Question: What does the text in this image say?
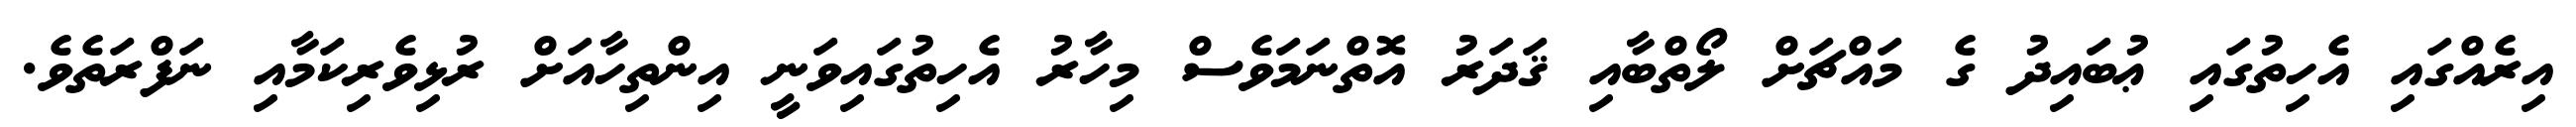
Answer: އިރެއްގައި އެހިތުގައި ޢުބައިދު ގެ މައްޗަށް ލޯތްބާއި ޤަދަރު އޮތްނަމަވެސް މިހާރު އެހިތުގައިވަނީ އިންތިހާއަށް ރުޅިވެރިކަމާއި ނަފްރަތެވެ.